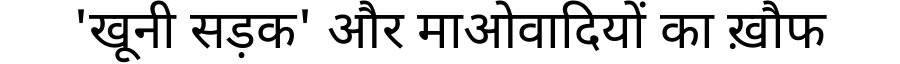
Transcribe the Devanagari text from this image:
'खूनी सड़क' और माओवादियों का ख़ौफ